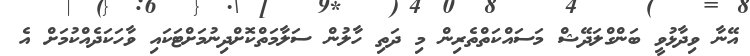
އޭނާ ވިދާޅުވީ ބަންގްލަދޭޝް މަސައްކަތްތެރިން މި ދަތި ހާލުން ސަލާމަތްކޮށްދިނުމަށްޓަކައި ވާހަކަދެއްކުމަށް އެ